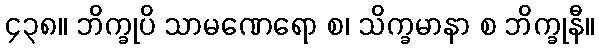
၄၃၈။ ဘိက္ခုပိ သာမဏေရော စ၊ သိက္ခမာနာ စ ဘိက္ခုနီ။